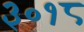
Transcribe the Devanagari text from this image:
३०१८